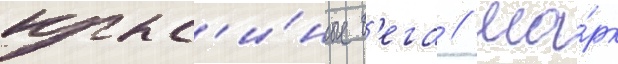
крыс'и́ные б'ега // Ма́рк